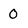
Character: 0